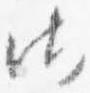
御